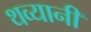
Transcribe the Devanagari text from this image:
थव्यानी